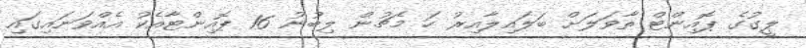
ލީގުގެ ޕޮއިންޓް ތާވަލަށް ބަލައިލާއިރު ހަ މެޗުން ލިބުނު 16 ޕޮއިންޓާއެކު އެއްވަނައިގައި